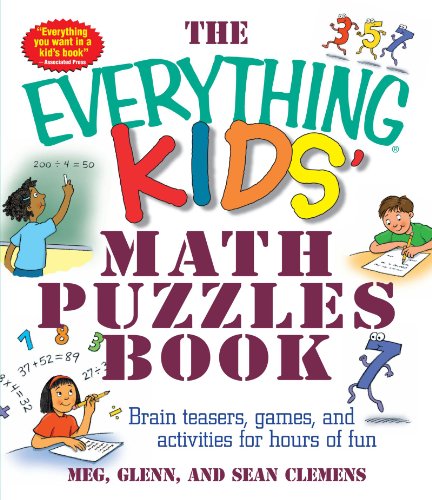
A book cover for The Everything Kids' Math Puzzles Book: Brain Teasers, Games, and Activities for Hours of Fun; Meg Clemens; Children's Books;